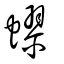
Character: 蟉